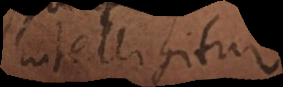
intelligitur